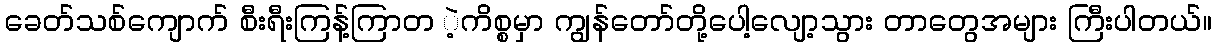
ခေတ်သစ်ကျောက် စီးရီးကြန့်ကြာတ ဲ့ကိစ္စမှာ ကျွန်တော်တို့ပေါ့လျော့သွား တာတွေအများ ကြီးပါတယ်။